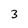
Character: 3